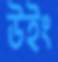
উইং